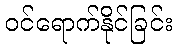
ဝင်ရောက်နိုင်ခြင်း